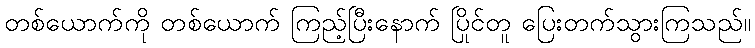
တစ်ယောက်ကို တစ်ယောက် ကြည့်ပြီးနောက် ပြိုင်တူ ပြေးတက်သွားကြသည်။